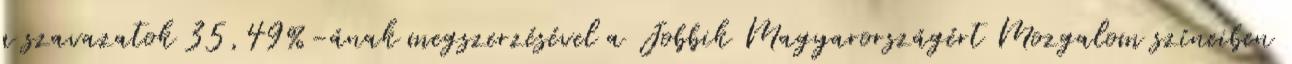
a szavazatok 35,49%-ának megszerzésével a Jobbik Magyarországért Mozgalom színeiben